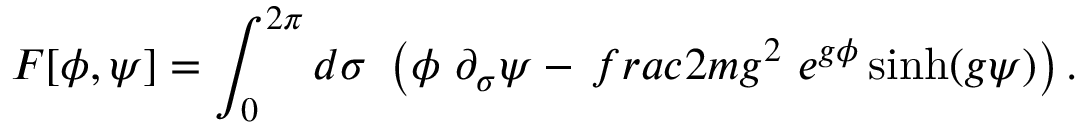
F [ \phi , \psi ] = \int _ { 0 } ^ { 2 \pi } d \sigma ~ \left( \phi ~ \partial _ { \sigma } \psi - { \, f r a c { 2 m } { g ^ { 2 } } } ~ e ^ { g \phi } \sinh ( g \psi ) \right) .